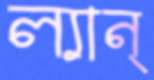
ল্যান্